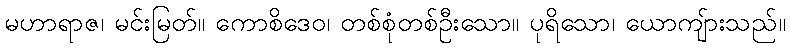
မဟာရာဇ၊ မင်းမြတ်။ ကောစိဒေဝ၊ တစ်စုံတစ်ဦးသော။ ပုရိသော၊ ယောကျ်ားသည်။